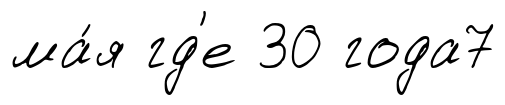
ма́я гд'е 30 года7